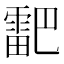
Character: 𮦞